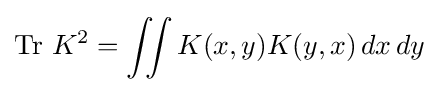
\operatorname {Tr} \,K^{2}=\iint K(x,y)K(y,x)\,dx\,dy